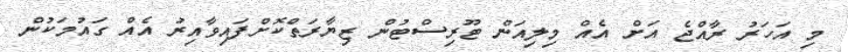
މި އަހަރު ރާއްޖެ އަށް އެއް މިލިއަން ޓޫރިސްޓުން ޒިޔާރަތްކޮށްފައިވާއިރު އެއް ގައުމަކުން